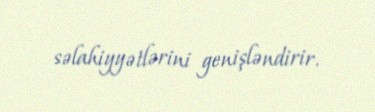
səlahiyyətlərini genişləndirir.